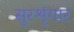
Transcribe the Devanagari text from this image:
सुरशृंगार